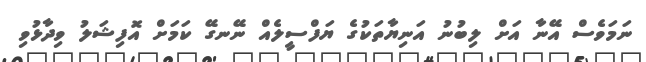
ނަމަވެސް އޭނާ އަށް ލިބުނު އަނިޔާތަކުގެ ޔަފްސީލެއް ނޭނގޭ ކަމަށް އޮފިޝަލު ވިދާޅުވި